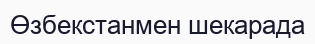
Өзбекстанмен шекарада